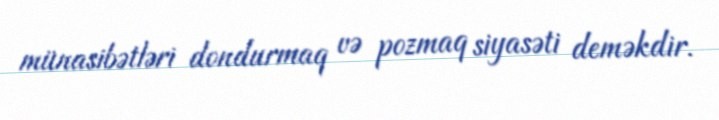
münasibətləri dondurmaq və pozmaq siyasəti deməkdir.